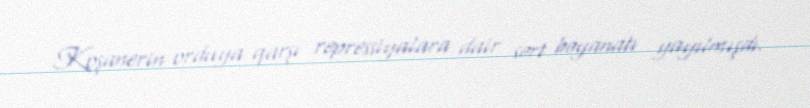
Koşanerin orduya qarşı repressiyalara dair sərt bəyanatı yayılmışdı.